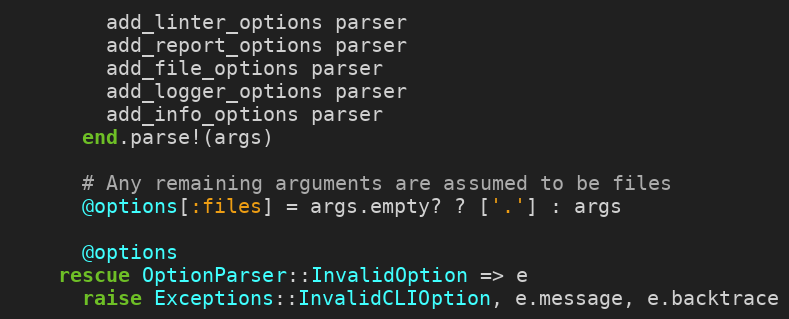
Language: Ruby
        add_linter_options parser
        add_report_options parser
        add_file_options parser
        add_logger_options parser
        add_info_options parser
      end.parse!(args)

      # Any remaining arguments are assumed to be files
      @options[:files] = args.empty? ? ['.'] : args

      @options
    rescue OptionParser::InvalidOption => e
      raise Exceptions::InvalidCLIOption, e.message, e.backtrace